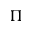
\Pi